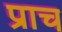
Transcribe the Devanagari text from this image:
प्राच